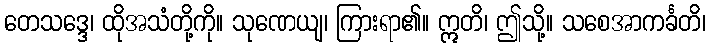
တေသဒ္ဒေ၊ ထိုအသံတို့ကို။ သုဏေယျ၊ ကြားရာ၏။ ဣတိ၊ ဤသို့။ သစေအာကင်္ခတိ၊